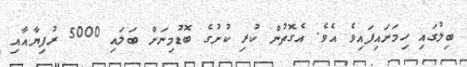
ބިލުގައި ހިމަނައިފައިވެ އެވެ. އެގޮތުން ކުރި ކުށުގެ ބޮޑުމިނަށް ބަލައި 5000 ރުފިޔާއާއި